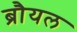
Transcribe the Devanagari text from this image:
ब्रौयल